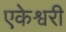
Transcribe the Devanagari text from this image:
एकेश्वरी